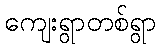
ကျေးရွာတစ်ရွာ